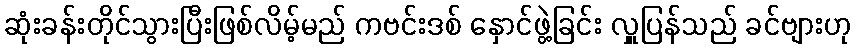
ဆုံးခန်းတိုင်သွားပြီးဖြစ်လိမ့်မည် ကဗင်းဒစ် နှောင်ဖွဲ့ခြင်း လှူပြန်သည် ခင်ဗျားဟု